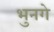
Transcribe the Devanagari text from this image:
भुनगे